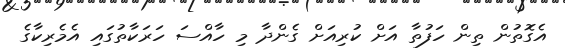
އެގޮތުން ތިން ހަފުތާ އަށް ކުރިއަށް ގެންދާ މި ހާއްސަ ހަރަކާތުގައި އެމެރިކާގެ